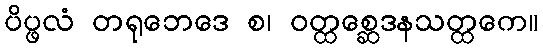
ပိပ္ဖလံ တရုဘေဒေ စ၊ ဝတ္ထစ္ဆေဒနသတ္ထကေ။